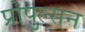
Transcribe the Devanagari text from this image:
प्रोपुल्सन